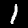
Digit: 1